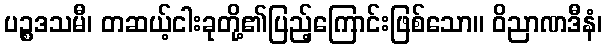
ပဉ္စဒသမီ၊ တဆယ့်ငါးခုတို့၏ပြည့်ကြောင်းဖြစ်သော။ ဝိညာဏဒီနံ၊